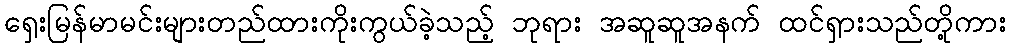
ရှေးမြန်မာမင်းများတည်ထားကိုးကွယ်ခဲ့သည့် ဘုရား အဆူဆူအနက် ထင်ရှားသည်တို့ကား